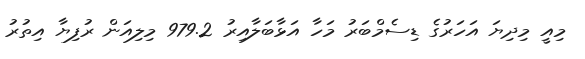
މިއީ މިދިޔަ އަހަރުގެ ޑިސެމްބަރު މަހާ އަޅާބަލާއިރު 979.2 މިލިއަން ރުފިޔާ އިތުރު